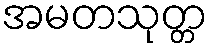
အမတသုတ္တ